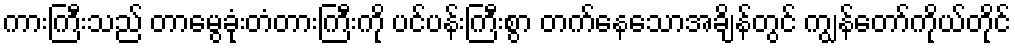
ကားကြီးသည် တာမွေခုံးတံတားကြီးကို ပင်ပန်းကြီးစွာ တက်နေသောအချိန်တွင် ကျွန်တော်ကိုယ်တိုင်